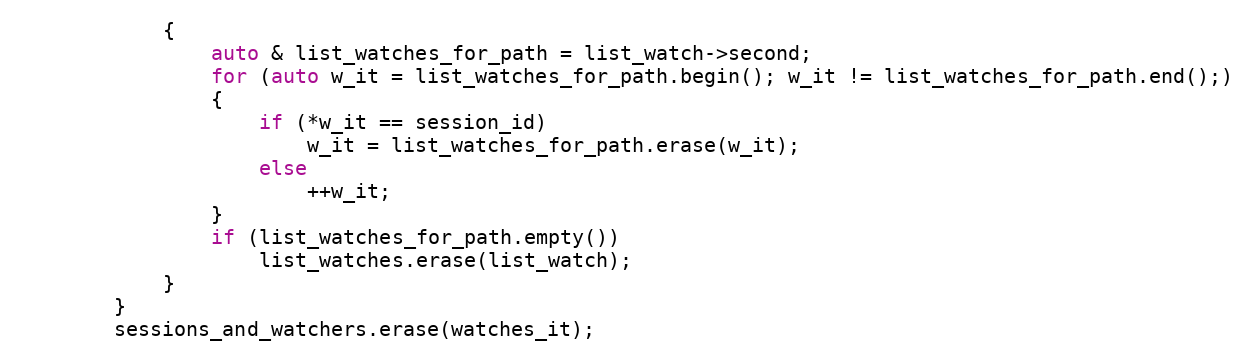
Language: C++
            {
                auto & list_watches_for_path = list_watch->second;
                for (auto w_it = list_watches_for_path.begin(); w_it != list_watches_for_path.end();)
                {
                    if (*w_it == session_id)
                        w_it = list_watches_for_path.erase(w_it);
                    else
                        ++w_it;
                }
                if (list_watches_for_path.empty())
                    list_watches.erase(list_watch);
            }
        }
        sessions_and_watchers.erase(watches_it);